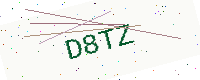
Text: D8TZ